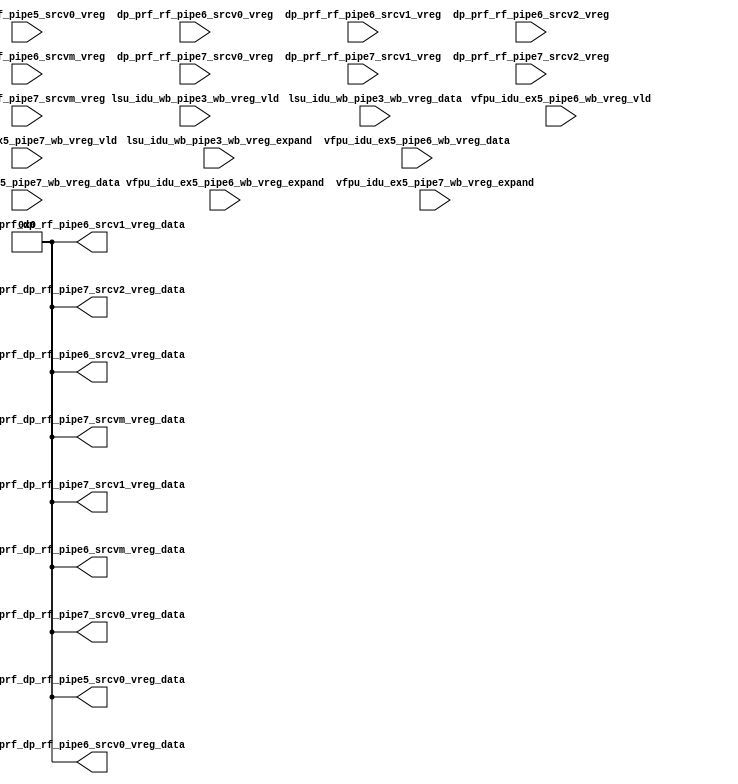
/*Copyright 2019-2021 T-Head Semiconductor Co., Ltd.

Licensed under the Apache License, Version 2.0 (the "License");
you may not use this file except in compliance with the License.
You may obtain a copy of the License at

    http://www.apache.org/licenses/LICENSE-2.0

Unless required by applicable law or agreed to in writing, software
distributed under the License is distributed on an "AS IS" BASIS,
WITHOUT WARRANTIES OR CONDITIONS OF ANY KIND, either express or implied.
See the License for the specific language governing permissions and
limitations under the License.
*/

// &ModuleBeg; @25
module ct_idu_rf_prf_vregfile(
  dp_prf_rf_pipe5_srcv0_vreg,
  dp_prf_rf_pipe6_srcv0_vreg,
  dp_prf_rf_pipe6_srcv1_vreg,
  dp_prf_rf_pipe6_srcv2_vreg,
  dp_prf_rf_pipe6_srcvm_vreg,
  dp_prf_rf_pipe7_srcv0_vreg,
  dp_prf_rf_pipe7_srcv1_vreg,
  dp_prf_rf_pipe7_srcv2_vreg,
  dp_prf_rf_pipe7_srcvm_vreg,
  lsu_idu_wb_pipe3_wb_vreg_data,
  lsu_idu_wb_pipe3_wb_vreg_expand,
  lsu_idu_wb_pipe3_wb_vreg_vld,
  prf_dp_rf_pipe5_srcv0_vreg_data,
  prf_dp_rf_pipe6_srcv0_vreg_data,
  prf_dp_rf_pipe6_srcv1_vreg_data,
  prf_dp_rf_pipe6_srcv2_vreg_data,
  prf_dp_rf_pipe6_srcvm_vreg_data,
  prf_dp_rf_pipe7_srcv0_vreg_data,
  prf_dp_rf_pipe7_srcv1_vreg_data,
  prf_dp_rf_pipe7_srcv2_vreg_data,
  prf_dp_rf_pipe7_srcvm_vreg_data,
  vfpu_idu_ex5_pipe6_wb_vreg_data,
  vfpu_idu_ex5_pipe6_wb_vreg_expand,
  vfpu_idu_ex5_pipe6_wb_vreg_vld,
  vfpu_idu_ex5_pipe7_wb_vreg_data,
  vfpu_idu_ex5_pipe7_wb_vreg_expand,
  vfpu_idu_ex5_pipe7_wb_vreg_vld
);

// &Ports; @26
input   [5 :0]  dp_prf_rf_pipe5_srcv0_vreg;     
input   [5 :0]  dp_prf_rf_pipe6_srcv0_vreg;     
input   [5 :0]  dp_prf_rf_pipe6_srcv1_vreg;     
input   [5 :0]  dp_prf_rf_pipe6_srcv2_vreg;     
input   [5 :0]  dp_prf_rf_pipe6_srcvm_vreg;     
input   [5 :0]  dp_prf_rf_pipe7_srcv0_vreg;     
input   [5 :0]  dp_prf_rf_pipe7_srcv1_vreg;     
input   [5 :0]  dp_prf_rf_pipe7_srcv2_vreg;     
input   [5 :0]  dp_prf_rf_pipe7_srcvm_vreg;     
input   [63:0]  lsu_idu_wb_pipe3_wb_vreg_data;  
input   [63:0]  lsu_idu_wb_pipe3_wb_vreg_expand; 
input           lsu_idu_wb_pipe3_wb_vreg_vld;   
input   [63:0]  vfpu_idu_ex5_pipe6_wb_vreg_data; 
input   [63:0]  vfpu_idu_ex5_pipe6_wb_vreg_expand; 
input           vfpu_idu_ex5_pipe6_wb_vreg_vld; 
input   [63:0]  vfpu_idu_ex5_pipe7_wb_vreg_data; 
input   [63:0]  vfpu_idu_ex5_pipe7_wb_vreg_expand; 
input           vfpu_idu_ex5_pipe7_wb_vreg_vld; 
output  [63:0]  prf_dp_rf_pipe5_srcv0_vreg_data; 
output  [63:0]  prf_dp_rf_pipe6_srcv0_vreg_data; 
output  [63:0]  prf_dp_rf_pipe6_srcv1_vreg_data; 
output  [63:0]  prf_dp_rf_pipe6_srcv2_vreg_data; 
output  [63:0]  prf_dp_rf_pipe6_srcvm_vreg_data; 
output  [63:0]  prf_dp_rf_pipe7_srcv0_vreg_data; 
output  [63:0]  prf_dp_rf_pipe7_srcv1_vreg_data; 
output  [63:0]  prf_dp_rf_pipe7_srcv2_vreg_data; 
output  [63:0]  prf_dp_rf_pipe7_srcvm_vreg_data; 

// &Regs; @27

// &Wires; @28
wire    [63:0]  prf_dp_rf_pipe5_srcv0_vreg_data; 
wire    [63:0]  prf_dp_rf_pipe6_srcv0_vreg_data; 
wire    [63:0]  prf_dp_rf_pipe6_srcv1_vreg_data; 
wire    [63:0]  prf_dp_rf_pipe6_srcv2_vreg_data; 
wire    [63:0]  prf_dp_rf_pipe6_srcvm_vreg_data; 
wire    [63:0]  prf_dp_rf_pipe7_srcv0_vreg_data; 
wire    [63:0]  prf_dp_rf_pipe7_srcv1_vreg_data; 
wire    [63:0]  prf_dp_rf_pipe7_srcv2_vreg_data; 
wire    [63:0]  prf_dp_rf_pipe7_srcvm_vreg_data; 



// &Instance("gated_clk_cell", "x_vreg_gated_clk"); @38
// &Connect(.clk_in      (forever_cpuclk), @39
//          .external_en (1'b0), @40
//          .global_en   (cp0_yy_clk_en), @41
//          .module_en   (cp0_idu_icg_en), @42
//          .local_en    (vreg_clk_en), @43
//          .clk_out     (vreg_top_clk)); @44
// &ConnRule(s/^x_/vreg0_/); @49
// &Instance("ct_idu_rf_prf_gated_vreg", "x_ct_idu_rf_prf_vreg0"); @50
// &ConnRule(s/^x_/vreg1_/); @51
// &Instance("ct_idu_rf_prf_gated_vreg", "x_ct_idu_rf_prf_vreg1"); @52
// &ConnRule(s/^x_/vreg2_/); @53
// &Instance("ct_idu_rf_prf_gated_vreg", "x_ct_idu_rf_prf_vreg2"); @54
// &ConnRule(s/^x_/vreg3_/); @55
// &Instance("ct_idu_rf_prf_gated_vreg", "x_ct_idu_rf_prf_vreg3"); @56
// &ConnRule(s/^x_/vreg4_/); @57
// &Instance("ct_idu_rf_prf_gated_vreg", "x_ct_idu_rf_prf_vreg4"); @58
// &ConnRule(s/^x_/vreg5_/); @59
// &Instance("ct_idu_rf_prf_gated_vreg", "x_ct_idu_rf_prf_vreg5"); @60
// &ConnRule(s/^x_/vreg6_/); @61
// &Instance("ct_idu_rf_prf_gated_vreg", "x_ct_idu_rf_prf_vreg6"); @62
// &ConnRule(s/^x_/vreg7_/); @63
// &Instance("ct_idu_rf_prf_gated_vreg", "x_ct_idu_rf_prf_vreg7"); @64
// &ConnRule(s/^x_/vreg8_/); @65
// &Instance("ct_idu_rf_prf_gated_vreg", "x_ct_idu_rf_prf_vreg8"); @66
// &ConnRule(s/^x_/vreg9_/); @67
// &Instance("ct_idu_rf_prf_gated_vreg", "x_ct_idu_rf_prf_vreg9"); @68
// &ConnRule(s/^x_/vreg10_/); @69
// &Instance("ct_idu_rf_prf_gated_vreg", "x_ct_idu_rf_prf_vreg10"); @70
// &ConnRule(s/^x_/vreg11_/); @71
// &Instance("ct_idu_rf_prf_gated_vreg", "x_ct_idu_rf_prf_vreg11"); @72
// &ConnRule(s/^x_/vreg12_/); @73
// &Instance("ct_idu_rf_prf_gated_vreg", "x_ct_idu_rf_prf_vreg12"); @74
// &ConnRule(s/^x_/vreg13_/); @75
// &Instance("ct_idu_rf_prf_gated_vreg", "x_ct_idu_rf_prf_vreg13"); @76
// &ConnRule(s/^x_/vreg14_/); @77
// &Instance("ct_idu_rf_prf_gated_vreg", "x_ct_idu_rf_prf_vreg14"); @78
// &ConnRule(s/^x_/vreg15_/); @79
// &Instance("ct_idu_rf_prf_gated_vreg", "x_ct_idu_rf_prf_vreg15"); @80
// &ConnRule(s/^x_/vreg16_/); @81
// &Instance("ct_idu_rf_prf_gated_vreg", "x_ct_idu_rf_prf_vreg16"); @82
// &ConnRule(s/^x_/vreg17_/); @83
// &Instance("ct_idu_rf_prf_gated_vreg", "x_ct_idu_rf_prf_vreg17"); @84
// &ConnRule(s/^x_/vreg18_/); @85
// &Instance("ct_idu_rf_prf_gated_vreg", "x_ct_idu_rf_prf_vreg18"); @86
// &ConnRule(s/^x_/vreg19_/); @87
// &Instance("ct_idu_rf_prf_gated_vreg", "x_ct_idu_rf_prf_vreg19"); @88
// &ConnRule(s/^x_/vreg20_/); @89
// &Instance("ct_idu_rf_prf_gated_vreg", "x_ct_idu_rf_prf_vreg20"); @90
// &ConnRule(s/^x_/vreg21_/); @91
// &Instance("ct_idu_rf_prf_gated_vreg", "x_ct_idu_rf_prf_vreg21"); @92
// &ConnRule(s/^x_/vreg22_/); @93
// &Instance("ct_idu_rf_prf_gated_vreg", "x_ct_idu_rf_prf_vreg22"); @94
// &ConnRule(s/^x_/vreg23_/); @95
// &Instance("ct_idu_rf_prf_gated_vreg", "x_ct_idu_rf_prf_vreg23"); @96
// &ConnRule(s/^x_/vreg24_/); @97
// &Instance("ct_idu_rf_prf_gated_vreg", "x_ct_idu_rf_prf_vreg24"); @98
// &ConnRule(s/^x_/vreg25_/); @99
// &Instance("ct_idu_rf_prf_gated_vreg", "x_ct_idu_rf_prf_vreg25"); @100
// &ConnRule(s/^x_/vreg26_/); @101
// &Instance("ct_idu_rf_prf_gated_vreg", "x_ct_idu_rf_prf_vreg26"); @102
// &ConnRule(s/^x_/vreg27_/); @103
// &Instance("ct_idu_rf_prf_gated_vreg", "x_ct_idu_rf_prf_vreg27"); @104
// &ConnRule(s/^x_/vreg28_/); @105
// &Instance("ct_idu_rf_prf_gated_vreg", "x_ct_idu_rf_prf_vreg28"); @106
// &ConnRule(s/^x_/vreg29_/); @107
// &Instance("ct_idu_rf_prf_gated_vreg", "x_ct_idu_rf_prf_vreg29"); @108
// &ConnRule(s/^x_/vreg30_/); @109
// &Instance("ct_idu_rf_prf_gated_vreg", "x_ct_idu_rf_prf_vreg30"); @110
// &ConnRule(s/^x_/vreg31_/); @111
// &Instance("ct_idu_rf_prf_gated_vreg", "x_ct_idu_rf_prf_vreg31"); @112
// &ConnRule(s/^x_/vreg32_/); @113
// &Instance("ct_idu_rf_prf_gated_vreg", "x_ct_idu_rf_prf_vreg32"); @114
// &ConnRule(s/^x_/vreg33_/); @115
// &Instance("ct_idu_rf_prf_gated_vreg", "x_ct_idu_rf_prf_vreg33"); @116
// &ConnRule(s/^x_/vreg34_/); @117
// &Instance("ct_idu_rf_prf_gated_vreg", "x_ct_idu_rf_prf_vreg34"); @118
// &ConnRule(s/^x_/vreg35_/); @119
// &Instance("ct_idu_rf_prf_gated_vreg", "x_ct_idu_rf_prf_vreg35"); @120
// &ConnRule(s/^x_/vreg36_/); @121
// &Instance("ct_idu_rf_prf_gated_vreg", "x_ct_idu_rf_prf_vreg36"); @122
// &ConnRule(s/^x_/vreg37_/); @123
// &Instance("ct_idu_rf_prf_gated_vreg", "x_ct_idu_rf_prf_vreg37"); @124
// &ConnRule(s/^x_/vreg38_/); @125
// &Instance("ct_idu_rf_prf_gated_vreg", "x_ct_idu_rf_prf_vreg38"); @126
// &ConnRule(s/^x_/vreg39_/); @127
// &Instance("ct_idu_rf_prf_gated_vreg", "x_ct_idu_rf_prf_vreg39"); @128
// &ConnRule(s/^x_/vreg40_/); @129
// &Instance("ct_idu_rf_prf_gated_vreg", "x_ct_idu_rf_prf_vreg40"); @130
// &ConnRule(s/^x_/vreg41_/); @131
// &Instance("ct_idu_rf_prf_gated_vreg", "x_ct_idu_rf_prf_vreg41"); @132
// &ConnRule(s/^x_/vreg42_/); @133
// &Instance("ct_idu_rf_prf_gated_vreg", "x_ct_idu_rf_prf_vreg42"); @134
// &ConnRule(s/^x_/vreg43_/); @135
// &Instance("ct_idu_rf_prf_gated_vreg", "x_ct_idu_rf_prf_vreg43"); @136
// &ConnRule(s/^x_/vreg44_/); @137
// &Instance("ct_idu_rf_prf_gated_vreg", "x_ct_idu_rf_prf_vreg44"); @138
// &ConnRule(s/^x_/vreg45_/); @139
// &Instance("ct_idu_rf_prf_gated_vreg", "x_ct_idu_rf_prf_vreg45"); @140
// &ConnRule(s/^x_/vreg46_/); @141
// &Instance("ct_idu_rf_prf_gated_vreg", "x_ct_idu_rf_prf_vreg46"); @142
// &ConnRule(s/^x_/vreg47_/); @143
// &Instance("ct_idu_rf_prf_gated_vreg", "x_ct_idu_rf_prf_vreg47"); @144
// &ConnRule(s/^x_/vreg48_/); @145
// &Instance("ct_idu_rf_prf_gated_vreg", "x_ct_idu_rf_prf_vreg48"); @146
// &ConnRule(s/^x_/vreg49_/); @147
// &Instance("ct_idu_rf_prf_gated_vreg", "x_ct_idu_rf_prf_vreg49"); @148
// &ConnRule(s/^x_/vreg50_/); @149
// &Instance("ct_idu_rf_prf_gated_vreg", "x_ct_idu_rf_prf_vreg50"); @150
// &ConnRule(s/^x_/vreg51_/); @151
// &Instance("ct_idu_rf_prf_gated_vreg", "x_ct_idu_rf_prf_vreg51"); @152
// &ConnRule(s/^x_/vreg52_/); @153
// &Instance("ct_idu_rf_prf_gated_vreg", "x_ct_idu_rf_prf_vreg52"); @154
// &ConnRule(s/^x_/vreg53_/); @155
// &Instance("ct_idu_rf_prf_gated_vreg", "x_ct_idu_rf_prf_vreg53"); @156
// &ConnRule(s/^x_/vreg54_/); @157
// &Instance("ct_idu_rf_prf_gated_vreg", "x_ct_idu_rf_prf_vreg54"); @158
// &ConnRule(s/^x_/vreg55_/); @159
// &Instance("ct_idu_rf_prf_gated_vreg", "x_ct_idu_rf_prf_vreg55"); @160
// &ConnRule(s/^x_/vreg56_/); @161
// &Instance("ct_idu_rf_prf_gated_vreg", "x_ct_idu_rf_prf_vreg56"); @162
// &ConnRule(s/^x_/vreg57_/); @163
// &Instance("ct_idu_rf_prf_gated_vreg", "x_ct_idu_rf_prf_vreg57"); @164
// &ConnRule(s/^x_/vreg58_/); @165
// &Instance("ct_idu_rf_prf_gated_vreg", "x_ct_idu_rf_prf_vreg58"); @166
// &ConnRule(s/^x_/vreg59_/); @167
// &Instance("ct_idu_rf_prf_gated_vreg", "x_ct_idu_rf_prf_vreg59"); @168
// &ConnRule(s/^x_/vreg60_/); @169
// &Instance("ct_idu_rf_prf_gated_vreg", "x_ct_idu_rf_prf_vreg60"); @170
// &ConnRule(s/^x_/vreg61_/); @171
// &Instance("ct_idu_rf_prf_gated_vreg", "x_ct_idu_rf_prf_vreg61"); @172
// &ConnRule(s/^x_/vreg62_/); @173
// &Instance("ct_idu_rf_prf_gated_vreg", "x_ct_idu_rf_prf_vreg62"); @174
// &ConnRule(s/^x_/vreg63_/); @175
// &Instance("ct_idu_rf_prf_gated_vreg", "x_ct_idu_rf_prf_vreg63"); @176
// &CombBeg; @260
// &CombEnd; @328
// &CombBeg; @333
// &CombEnd; @401
// &CombBeg; @406
// &CombEnd; @474
// &CombBeg; @479
// &CombEnd; @547
// &CombBeg; @552
// &CombEnd; @620
// &CombBeg; @625
// &CombEnd; @693
// &CombBeg; @698
// &CombEnd; @766
// &CombBeg; @771
// &CombEnd; @839
// &CombBeg; @844
// &CombEnd; @912
// &Force("bus","dp_prf_rf_pipe5_srcv0_vreg",5,0); @915
// &Force("bus","dp_prf_rf_pipe6_srcv0_vreg",5,0); @916
// &Force("bus","dp_prf_rf_pipe6_srcv1_vreg",5,0); @917
// &Force("bus","dp_prf_rf_pipe6_srcv2_vreg",5,0); @918
// &Force("bus","dp_prf_rf_pipe6_srcvm_vreg",5,0); @919
// &Force("bus","dp_prf_rf_pipe7_srcv0_vreg",5,0); @920
// &Force("bus","dp_prf_rf_pipe7_srcv1_vreg",5,0); @921
// &Force("bus","dp_prf_rf_pipe7_srcv2_vreg",5,0); @922
// &Force("bus","dp_prf_rf_pipe7_srcvm_vreg",5,0); @923
// &Force("bus","lsu_idu_wb_pipe3_wb_vreg_data",63,0); @924
// &Force("bus","lsu_idu_wb_pipe3_wb_vreg_expand",63,0); @925
// &Force("bus","vfpu_idu_ex5_pipe6_wb_vreg_data",63,0); @926
// &Force("bus","vfpu_idu_ex5_pipe6_wb_vreg_expand",63,0); @927
// &Force("bus","vfpu_idu_ex5_pipe7_wb_vreg_data",63,0); @928
// &Force("bus","vfpu_idu_ex5_pipe7_wb_vreg_expand",63,0); @929

// &Force("input","dp_prf_rf_pipe5_srcv0_vreg"); @931
// &Force("input","dp_prf_rf_pipe6_srcv0_vreg"); @932
// &Force("input","dp_prf_rf_pipe6_srcv1_vreg"); @933
// &Force("input","dp_prf_rf_pipe6_srcv2_vreg"); @934
// &Force("input","dp_prf_rf_pipe6_srcvm_vreg"); @935
// &Force("input","dp_prf_rf_pipe7_srcv0_vreg"); @936
// &Force("input","dp_prf_rf_pipe7_srcv1_vreg"); @937
// &Force("input","dp_prf_rf_pipe7_srcv2_vreg"); @938
// &Force("input","dp_prf_rf_pipe7_srcvm_vreg"); @939
// &Force("input","lsu_idu_wb_pipe3_wb_vreg_data"); @940
// &Force("input","lsu_idu_wb_pipe3_wb_vreg_vld"); @941
// &Force("input","lsu_idu_wb_pipe3_wb_vreg_expand"); @942
// &Force("input","vfpu_idu_ex5_pipe6_wb_vreg_data"); @943
// &Force("input","vfpu_idu_ex5_pipe6_wb_vreg_vld"); @944
// &Force("input","vfpu_idu_ex5_pipe6_wb_vreg_expand"); @945
// &Force("input","vfpu_idu_ex5_pipe7_wb_vreg_data"); @946
// &Force("input","vfpu_idu_ex5_pipe7_wb_vreg_vld"); @947
// &Force("input","vfpu_idu_ex5_pipe7_wb_vreg_expand"); @948

assign prf_dp_rf_pipe5_srcv0_vreg_data[63:0] = 64'b0;
assign prf_dp_rf_pipe6_srcv0_vreg_data[63:0] = 64'b0;
assign prf_dp_rf_pipe6_srcv1_vreg_data[63:0] = 64'b0;
assign prf_dp_rf_pipe6_srcv2_vreg_data[63:0] = 64'b0;
assign prf_dp_rf_pipe6_srcvm_vreg_data[63:0] = 64'b0;
assign prf_dp_rf_pipe7_srcv0_vreg_data[63:0] = 64'b0;
assign prf_dp_rf_pipe7_srcv1_vreg_data[63:0] = 64'b0;
assign prf_dp_rf_pipe7_srcv2_vreg_data[63:0] = 64'b0;
assign prf_dp_rf_pipe7_srcvm_vreg_data[63:0] = 64'b0;


// &ModuleEnd; @962
endmodule